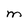
Character: M